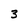
Character: 3